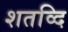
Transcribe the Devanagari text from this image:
शतव्दि